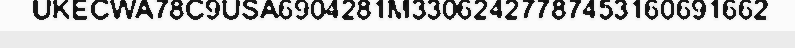
UKECWA78C9USA6904281M33062427787453160691662